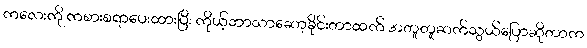
ကလေးကို ကစားစရာပေးထားပြီး ကိုယ့်ဘာသာဆော့ခိုင်းတာထက် အတူတူဆက်သွယ်ပြောဆိုတာက